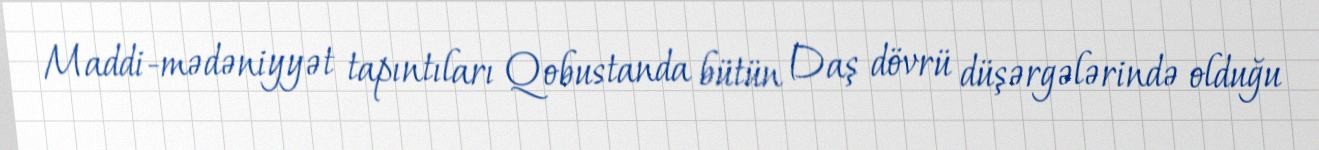
Maddi-mədəniyyət tapıntıları Qobustanda bütün Daş dövrü düşərgələrində olduğu